Code of medical and sanitary regulations for the guidance of medical officers serving in the Madras Presidency - Volume II
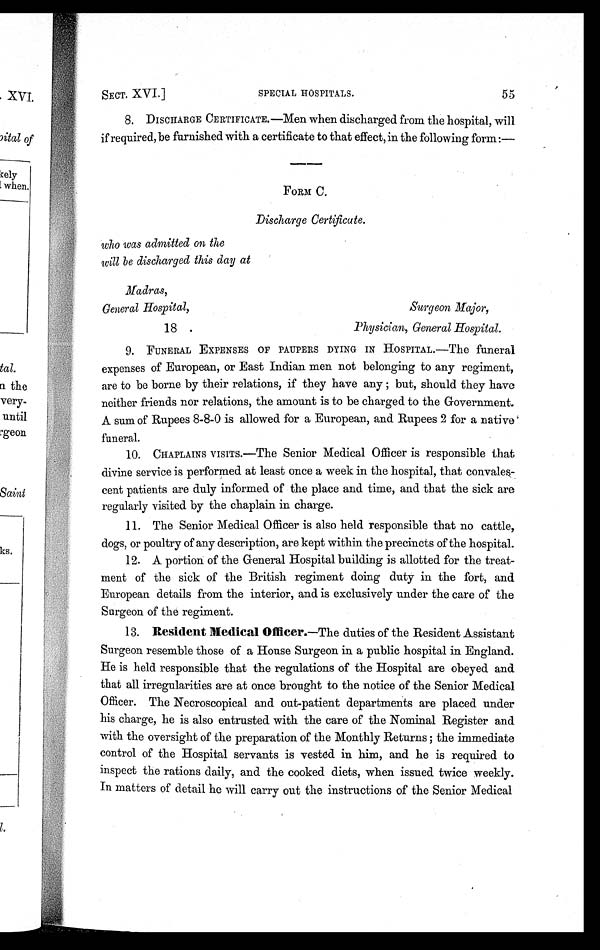
SECT. XVI.]
SPECIAL HOSPITALS.
55
8. DISCHARGE CERTIFICATE.—Men when discharged from the hospital, will
if required, be furnished with a certificate to that effect, in the following form :—
FORM C.
Discharge Certificate.
who was admitted on the
will be discharged this day at
Madras,
General Hospital,
Surgeon Major,
18 . Physician, General Hospital.
9 . F U N E R A L E X P E N S E S O F P A U P E R S D Y I N G I N H O S P I T A L . — T h e f u n e r a l
expenses of European, or East Indian men not belonging to any regiment,
are to be borne by their relations, if they have any ; but, should they have
neither friends nor relations, the amount is to be charged to the Government.
A sum of Rupees 8-8-0 is allowed for a European, and Rupees 2 for a native
funeral.
1 0 . C H A P L A I N S V I S I T S . — T h e S e n i o r M e d i c a l O f f i c e r i s r e s p o n s i b l e t h a t
divine service is performed at least once a week in the hospital, that convales
- c e n t p a t i e n t s a r e d u l y i n f o r m e d o f t h e p l a c e a n d t i m e , a n d t h a t t h e s i c k a r e
regularly visited by the chaplain in charge.
1 1 . T h e S e n i o r M e d i c a l O f f i c e r i s a l s o h e l d r e s p o n s i b l e t h a t n o c a t t l e ,
dogs, or poultry of any description, are kept within the precincts of the hospital.
12. A port i on of t he General Hospi t al bui l di ng i s al l ot t ed f or t he t reat
- m e n t o f t h e s i c k o f t h e B r i t i s h r e g i m e n t d o i n g d u t y i n t h e f o r t , a n d
European details from the interior, and is exclusively under the care of the
Surgeon of the regiment.
1
1 3
1 3 .
R e s i d e n t M e d i c a l O f f i c e r .—
T h e d u t i e s o f t h e R e s i d e n t A s s i s t a n t
Surgeon resemble those of a House Surgeon in a public hospital in England.
He is held responsible that the regulations of the Hospital are obeyed and
that all irregularities are at once brought to the notice of the Senior Medical
Officer. The Necroscopical and out-patient departments are placed under
his charge, he is also entrusted with the care of the Nominal Register and
with the oversight of the preparation of the Monthly Returns ; the immediate
control of the Hospital servants is vested in him, and he is required to
inspect the rations daily, and the cooked diets, when issued twice weekly.
In matters of detail he will carry out the instructions of the Senior Medical